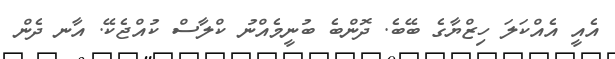
އެއީ އެއްކަލަ ހިޒްޔާގެ ބޭބެ. ދޮންބެ ބުނީމެއްނު ކްލާސް ކުއްޖެކޭ. އާނ ދެން